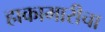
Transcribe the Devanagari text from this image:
हाकामारीचा